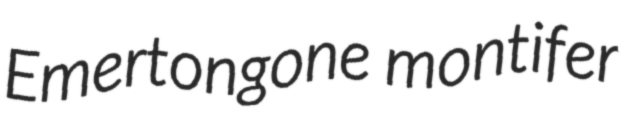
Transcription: Emertongone montifer